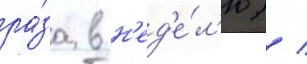
ра́за в н'ед'е́л'ю) /